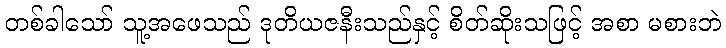
တစ်ခါသော် သူ့အဖေသည် ဒုတိယဇနီးသည်နှင့် စိတ်ဆိုးသဖြင့် အစာ မစားဘဲ